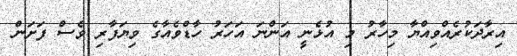
އިރާދަކުރެއްވިއްޔާ މިހާރު މި އުޅެނީ އަންނަ އަހަރު ހާޑްވެއާގެ ވިޔަފާރި ވެސް ފަށަން